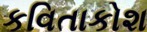
કવિતાકોશ